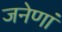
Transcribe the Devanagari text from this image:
जनेणां